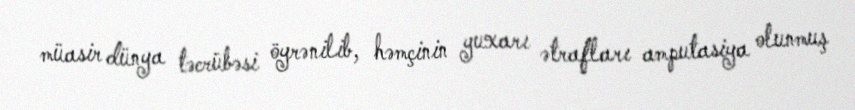
müasir dünya təcrübəsi öyrənilib, həmçinin yuxarı ətrafları amputasiya olunmuş